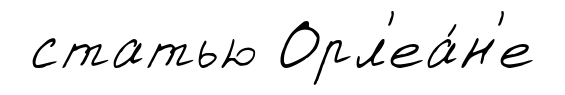
статью Орл'еа́н'е